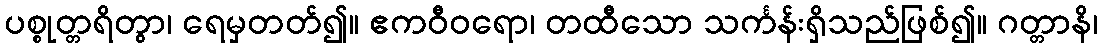
ပစ္စုတ္တရိတွာ၊ ရေမှတတ်၍။ ဧကဝီဝရော၊ တထီသော သင်္ကန်းရှိသည်ဖြစ်၍။ ဂတ္တာနိ၊